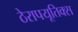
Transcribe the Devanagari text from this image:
ठेरापयूतिक्स